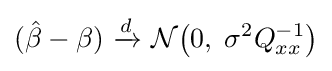
({\hat {\beta }}-\beta )\ {\xrightarrow {d}}\ {\mathcal {N}}{\big (}0,\;\sigma ^{2}Q_{xx}^{-1}{\big )}